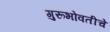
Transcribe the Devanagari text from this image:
गुरूभोवतीचे